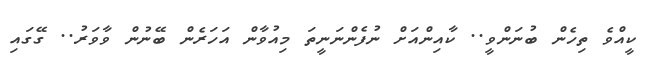
ކީއްވެ ތިހެން ބުނަންވީ.. ކާއިންއަށް ނުފެންނަނީތަ މިއުވާން އަހަރެން ބޭނުން ވާވަރު.. ގޭގައި